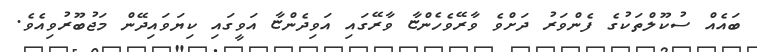
ބައެއް ސުކޫލްތަކުގެ ފެންވަރު ދަށްވެ ވާރޭވެހެންޏާ ވާރޭގައި އަވިދެންޏާ އަވީގައި ކިޔަވައިދޭން މަޖުބޫރުވިއެވެ.